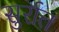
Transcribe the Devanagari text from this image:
सुर्रात